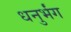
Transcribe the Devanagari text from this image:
धनुर्भंग